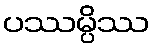
ပဿမ္ပိဿ